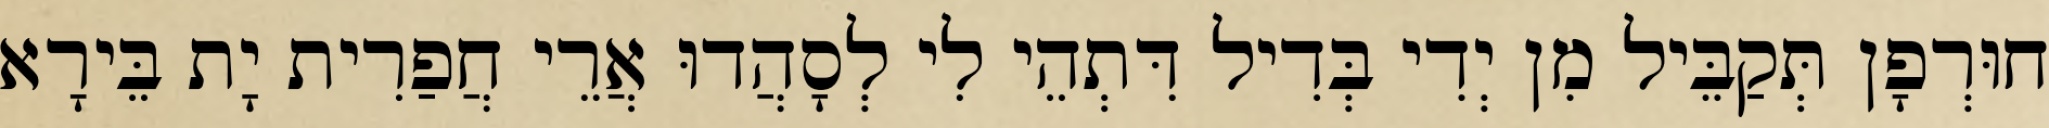
חוּרְפָן תְּקַבֵּיל מִן יְדִי בְּדִיל דִּתְהֵי לִי לְסָהֲדוּ אֲרֵי חֲפַרִית יָת בֵּירָא